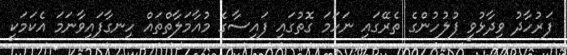
ފަރުހާދު ވިދާޅުވީ ފުލުހުންގެ ތެރޭގައި ނަހަމަ ގޮތުގައި ފައިސާގެ މުއާމަލާތްތައް ހިނގާފައިވާނަމަ އެކަމަކީ